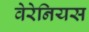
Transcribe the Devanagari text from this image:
वेरेनियस